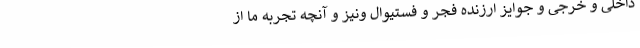
داخلی و خرجی و جوایز ارزنده فجر و فستیوال ونیز و آنچه تجربه ما از